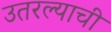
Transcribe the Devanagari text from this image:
उतरल्याची